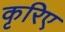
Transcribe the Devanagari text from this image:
कृरिए